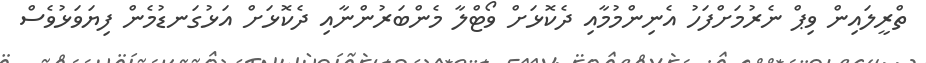
ތްރީލައިން ވިޕް ނެރުމަށްފަހު އެނިންމުމާއި ދެކޮޅަށް ވޯޓްލާ މެންބަރުންނާއި ދެކޮޅަށް އަޅުގަނޑުމެން ފިޔަވަޅުވެސް